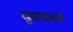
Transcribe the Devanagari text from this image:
पृष्ठफळ